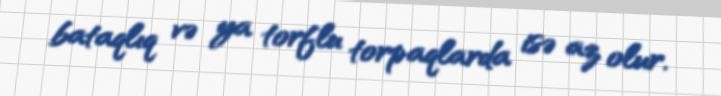
bataqlıq və ya torflu torpaqlarda isə az olur.